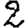
Digit: 2